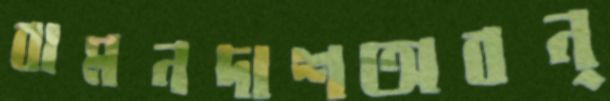
বামনদাশঅবন্